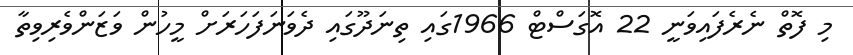
މި ފޮތް ނެރެފައިވަނީ 22 އޮގަސްޓް 1966ގައި ތިނަދޫގައި ދެވަނަފަހަރަށް މީހުން ވަޒަންވެރިވިތާ